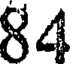
84